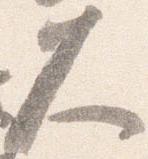
久